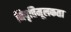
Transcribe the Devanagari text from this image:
निवृत्तिमूलकता